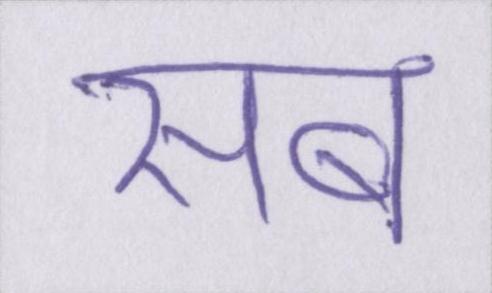
सब